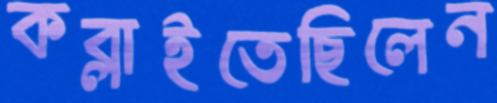
কব্‌লাইতেছিলেন